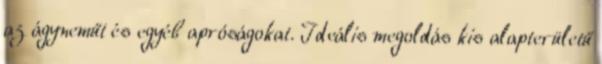
az ágyneműt és egyéb apróságokat. Ideális megoldás kis alapterületű